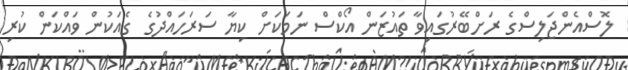
ލޮސްއެންޖަލިސްގެ ރަށްބޭރުގައިވާ ތައުޒަން އޯކްސް ނަމަކަށް ކިޔާ ސަރަހައްދުގެ ގެއަކުން ވައްކަން ކުރި